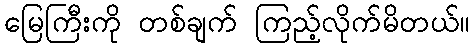
မြေကြီးကို တစ်ချက် ကြည့်လိုက်မိတယ်။